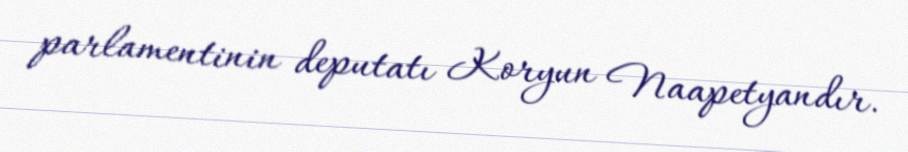
parlamentinin deputatı Koryun Naapetyandır.